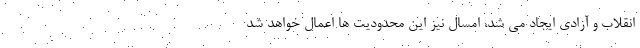
انقلاب و آزادی ایجاد می شد، امسال نیز این محدودیت ها اعمال خواهد شد